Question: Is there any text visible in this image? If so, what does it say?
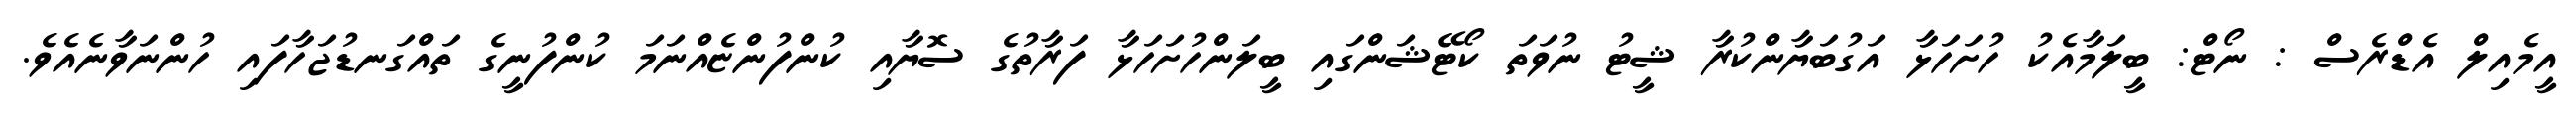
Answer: އީމެއިލް އެޑްރެސް : ނޯޓް: ބީލަމާއެކު ހުށަހަޅާ އަގުބަޔާންކުރާ ޝީޓު ނުވަތަ ކޯޓޭޝަންގައި ބީލަންހުށަހަޅާ ފަރާތުގެ ސޮޔާއި ކުންފުންޏެއްނަމަ ކުންފުނީގެ ތައްގަނޑުޖަހާފައި ހުންނަވާނެއެވެ.